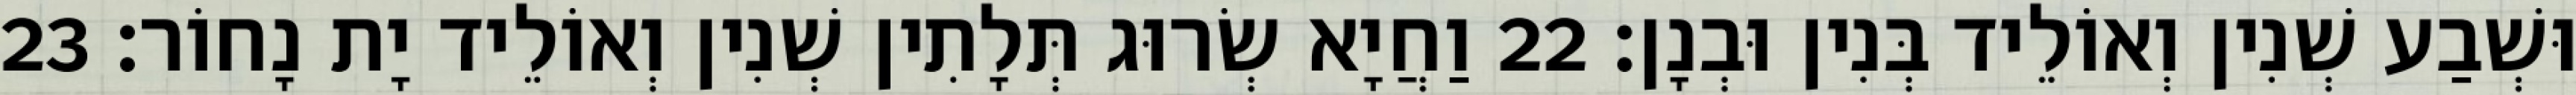
וּשְׁבַע שְׁנִין וְאוֹלֵיד בְּנִין וּבְנָן׃ 22 וַחֲיָא שְׂרוּג תְּלָתִין שְׁנִין וְאוֹלֵיד יָת נָחוֹר׃ 23